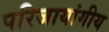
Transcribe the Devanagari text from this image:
परिजायांगीय